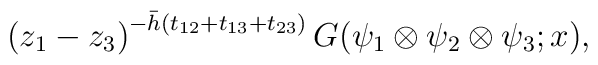
\left( z_{1} - z_{3} \right) ^{- \bar{h} ( t_{12} + t_{13} + t_{23})}G(\psi_{1}\otimes\psi_{2}\otimes\psi_{3};x),